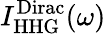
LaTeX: I_{\mathrm{HHG}}^{\mathrm{Dirac}}(\omega)